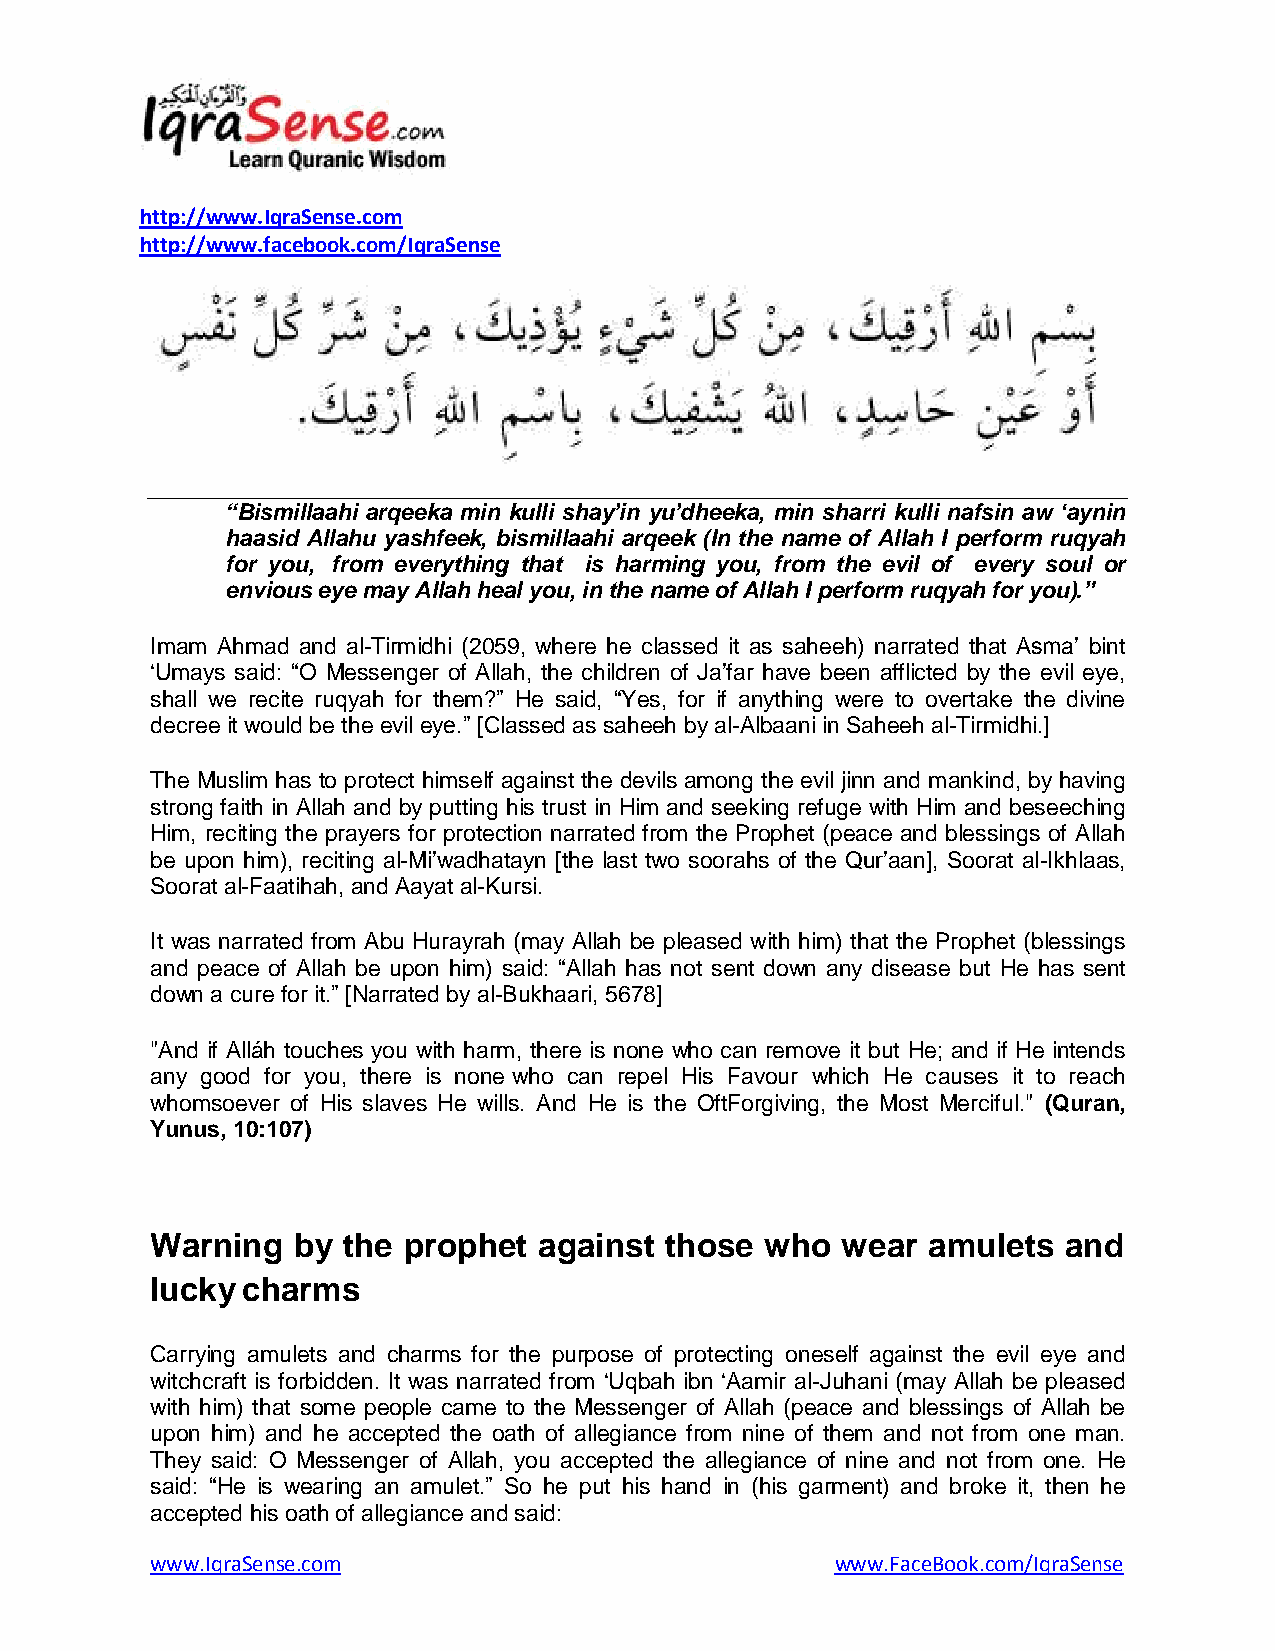
http://www.IqraSense.com
 http://www.facebook.com/IqraSense
 “Bismillaahi arqeeka min kulli shay‟in yu‟dheeka, min sharri kulli nafsin aw „aynin
 haasid Allahu yashfeek, bismillaahi arqeek (In the name of Allah I perform ruqyah
 for you, from everything that is harming you, from the evil of every soul or
 envious eye may Allah heal you, in the name of Allah I perform ruqyah for you).”
 Imam Ahmad and al-Tirmidhi (2059, where he classed it as saheeh) narrated that Asma‟ bint
 „Umays said: “O Messenger of Allah, the children of Ja‟far have been afflicted by the evil eye,
 shall we recite ruqyah for them?” He said, “Yes, for if anything were to overtake the divine
 decree it would be the evil eye.” [Classed as saheeh by al-Albaani in Saheeh al-Tirmidhi.]
 The Muslim has to protect himself against the devils among the evil jinn and mankind, by having
 strong faith in Allah and by putting his trust in Him and seeking refuge with Him and beseeching
 Him, reciting the prayers for protection narrated from the Prophet (peace and blessings of Allah
 be upon him), reciting al-Mi‟wadhatayn [the last two soorahs of the Qur‟aan], Soorat al-Ikhlaas,
 Soorat al-Faatihah, and Aayat al-Kursi.
 It was narrated from Abu Hurayrah (may Allah be pleased with him) that the Prophet (blessings
 and peace of Allah be upon him) said: “Allah has not sent down any disease but He has sent
 down a cure for it.” [Narrated by al-Bukhaari, 5678]
 "And if Alláh touches you with harm, there is none who can remove it but He; and if He intends
 any good for you, there is none who can repel His Favour which He causes it to reach
 whomsoever of His slaves He wills. And He is the OftForgiving, the Most Merciful." (Quran,
 Yunus, 10:107)
 Warning  by  the prophet  against those  who  wear amulets  and
 lucky charms
 Carrying amulets and charms for the purpose of protecting oneself against the evil eye and
 witchcraft is forbidden. It was narrated from „Uqbah ibn „Aamir al-Juhani (may Allah be pleased
 with him) that some people came to the Messenger of Allah (peace and blessings of Allah be
 upon him) and he accepted the oath of allegiance from nine of them and not from one man.
 They said: O Messenger of Allah, you accepted the allegiance of nine and not from one. He
 said: “He is wearing an amulet.” So he put his hand in (his garment) and broke it, then he
 accepted his oath of allegiance and said:
 www.IqraSense.com                            www.FaceBook.com/IqraSense